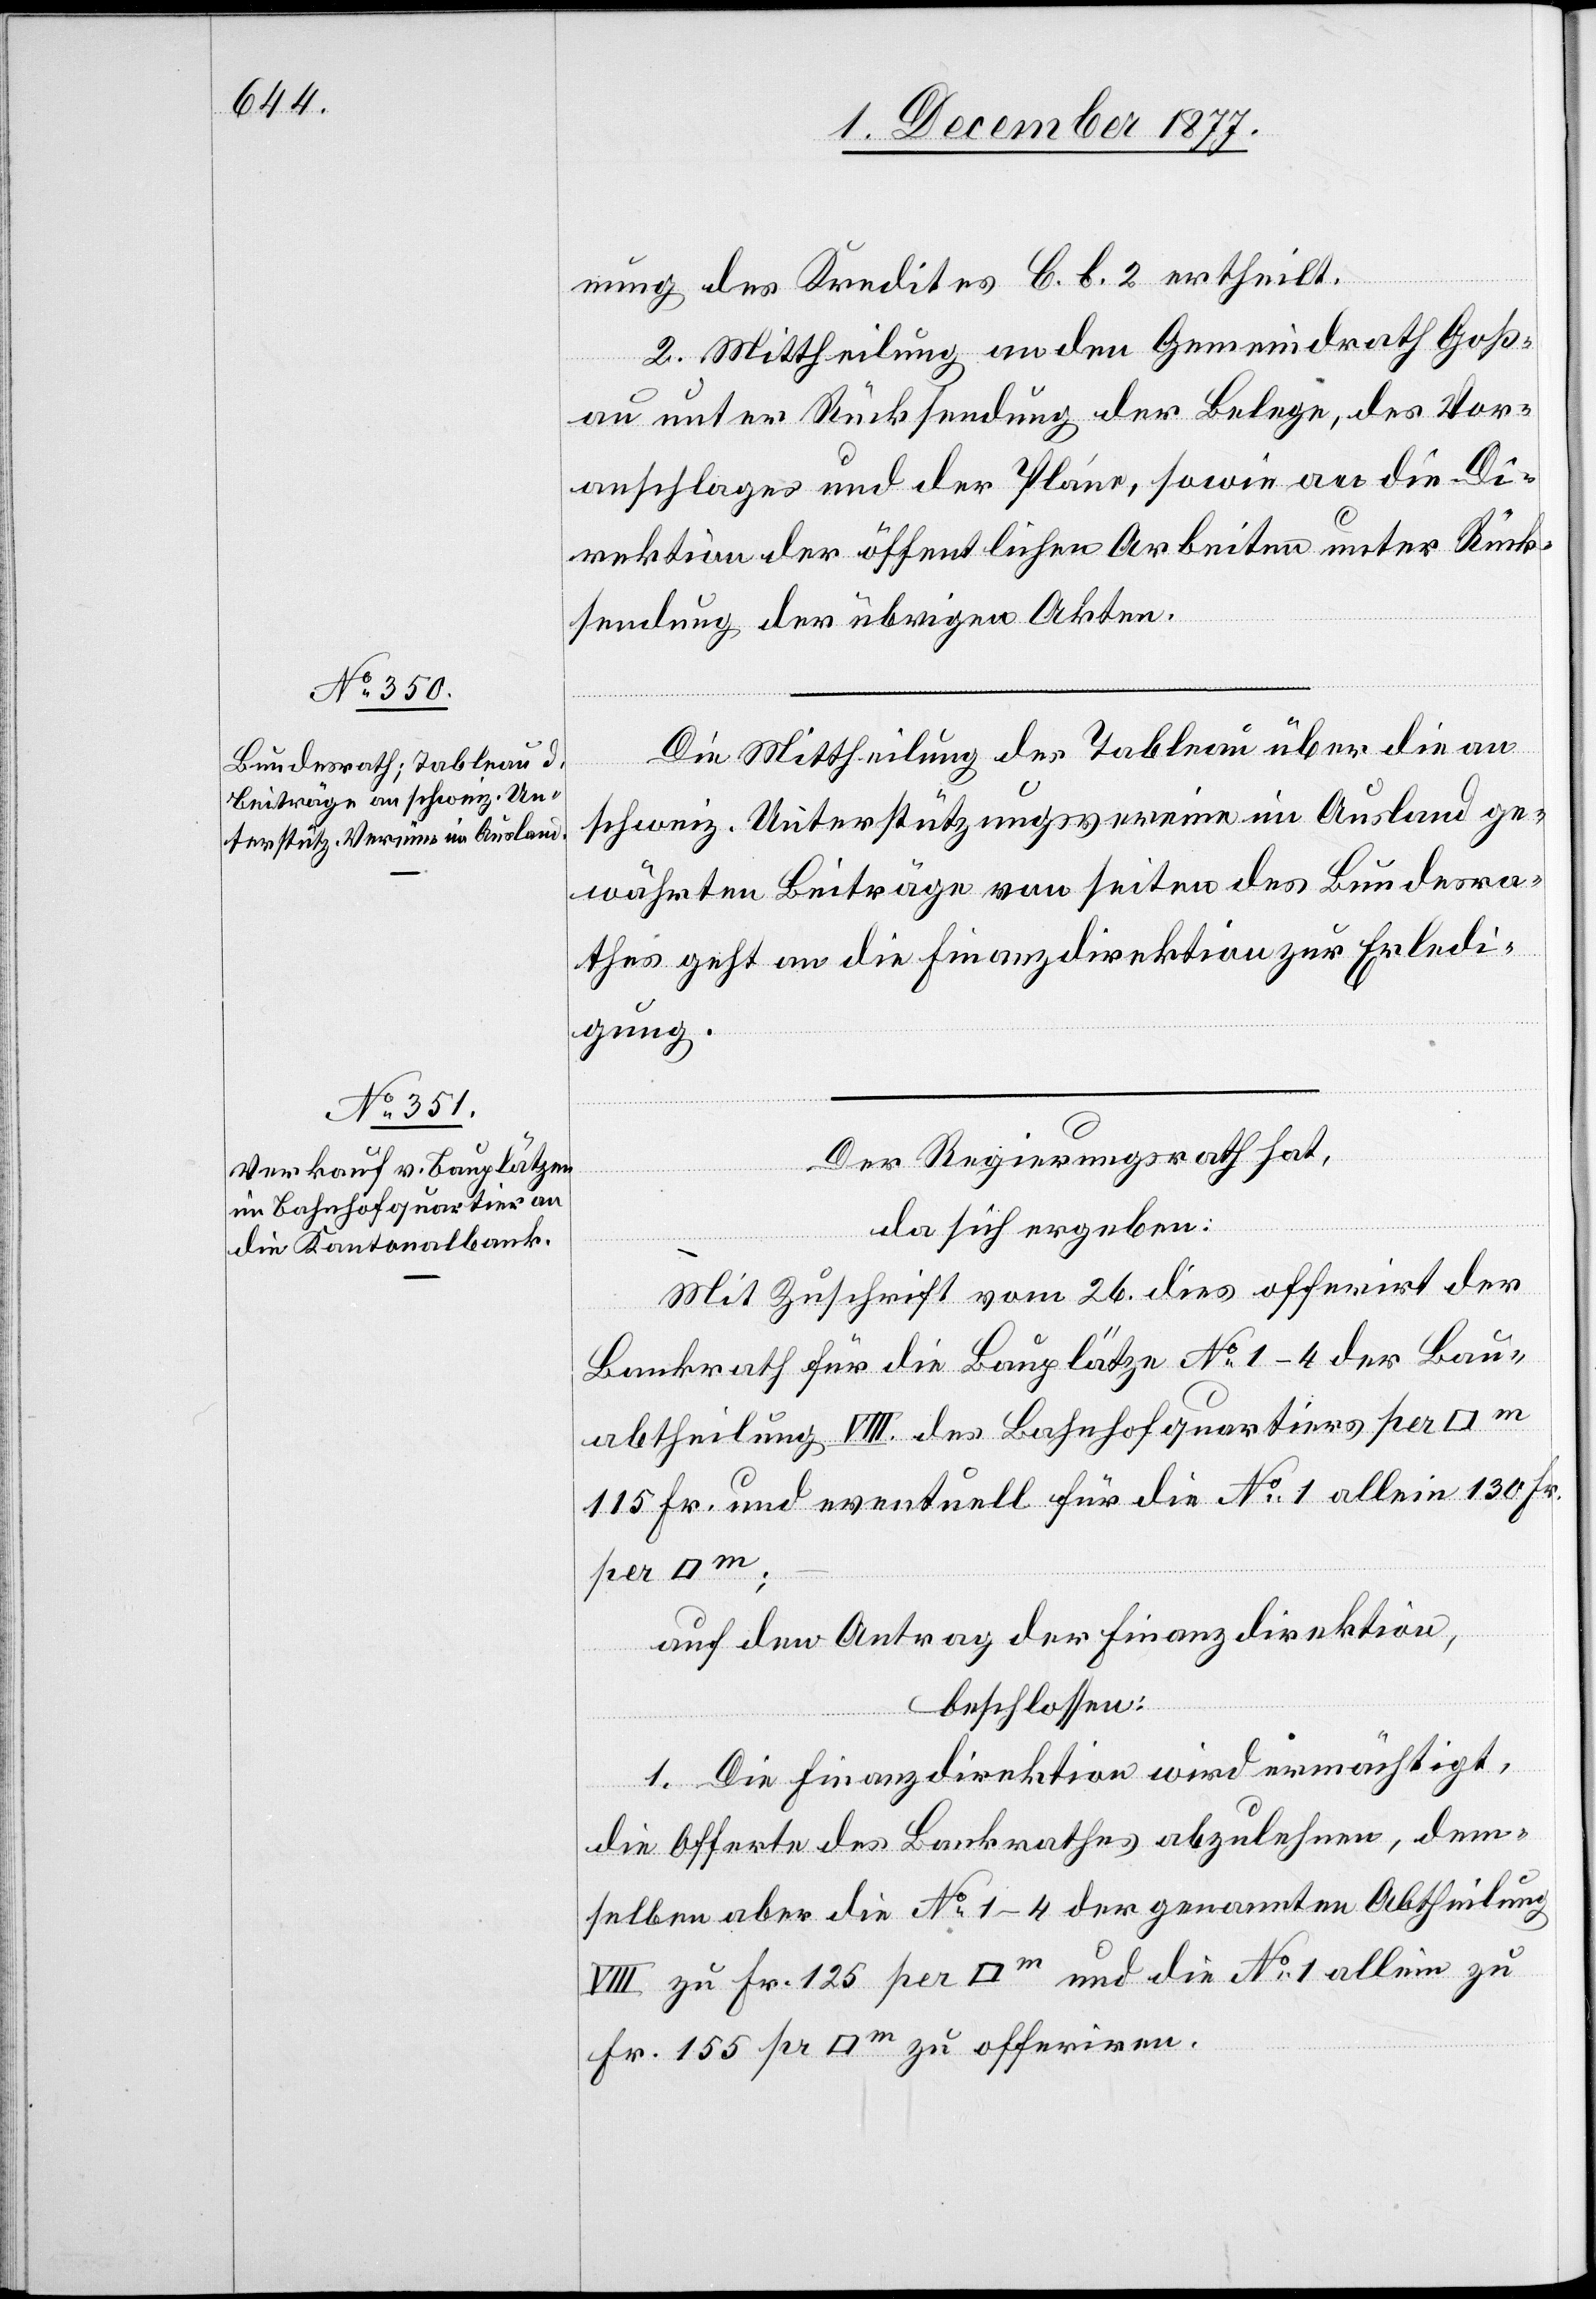
Fr.
nung des Kredites C. b. 2 ertheilt.
2. Mittheilung an den Gemeindrath Goß¬
pr
au unter Rücksendung der Belege, des Vor¬
anschlages und der Pläne, sowie an die Di¬
rektion der öffentlichen Arbeiten unter Rück¬
sendung der übrigen Akten.
Die Mittheilung des Tableau über die an
schweiz. Unterstützungsvereine im Ausland ge¬
währten Beiträge von seiten des Bundesra¬
thes geht an die Finanzdirektion zur Erledi¬
gung.
Der Regierungsrath hat,
da sich ergeben:
Mit Zuschrift vom 26. dies offerirt der
Bankrath für die Bauplätze No 1–4 der Bau¬
abtheilung VIII. des Bahnhofquartiers per
115 Fr. und eventuell für die No 1 allein 130 Fr.
auf den Antrag der Finanzdirektion,
beschlossen:
1. Die Finanzdirektion wird ermächtigt,
die Offerte des Bankrathes abzulehnen, dem¬
selben aber die No 1–4 der genannten Abtheilung
VIII zu Fr. 125 per [Quadratmeter] und die No 1 allein zu